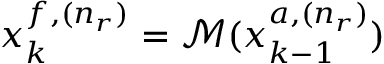
\v { x } _ { k } ^ { f , ( n _ { r } ) } = \mathcal { M } ( \v { x } _ { k - 1 } ^ { a , ( n _ { r } ) } )